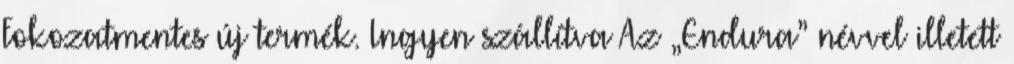
Fokozatmentes új termék. Ingyen szállítva Az „Endura” névvel illetett